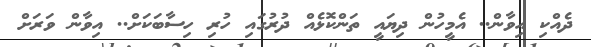
ދެއްކި އިވާން.. އެމީހުން ދިޔައީ ތަންކޮޅެއް ދުރުގައި ހުރި ހިސާބަކަށް.. އިވާން ވަރަށް